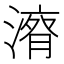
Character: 𱨠